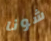
شونا